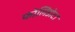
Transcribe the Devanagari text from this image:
फोलिडोटा